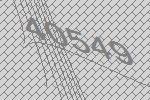
40549